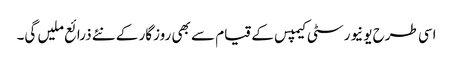
اسی طرح یونیورسٹی کیمپس کے قیام سے بھی روزگار کے نئے ذرائع ملیں گی۔